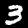
Label: 3